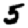
Digit: 5